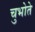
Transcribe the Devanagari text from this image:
चुभोते